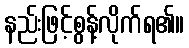
နည်းဖြင့်စွန့်လိုက်ရ၏။